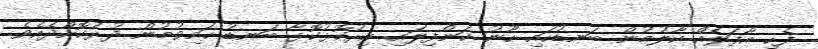
ފެހި އާފަލެއް ކާލުމުން ބަނޑުހައި ހޫނު ކަންފިލައި އިރުކޮޅުކޮޅާ ބަނޑު ހައިވުމުން ދުރުކޮށްދެއެވެ.